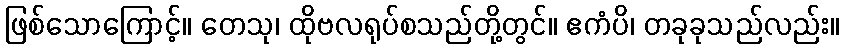
ဖြစ်သောကြောင့်။ တေသု၊ ထိုဗလရုပ်စသည်တို့တွင်။ ဧကံပိ၊ တခုခုသည်လည်း။